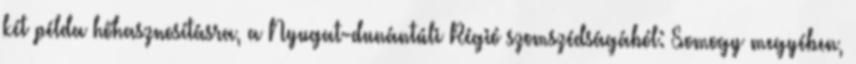
két példa hőhasznosításra, a Nyugat-dunántúli Régió szomszédságából: Somogy megyében,